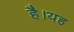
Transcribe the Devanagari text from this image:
हैै।यह